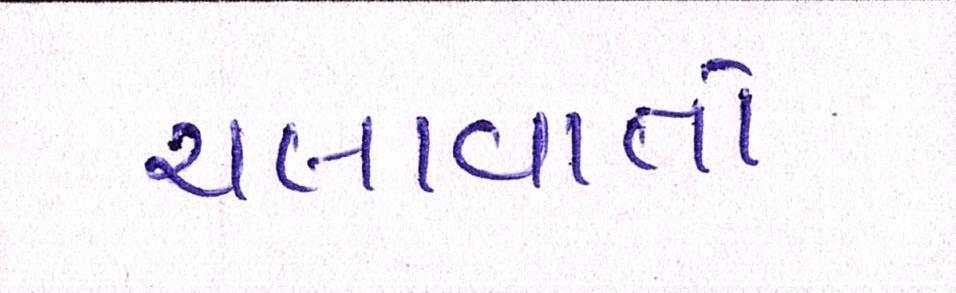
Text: ચલાવાતો